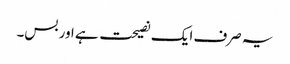
یہ صرف ایک نصیحت ہے اور بس۔